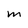
Character: M